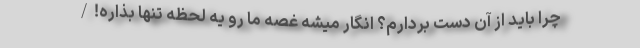
چرا باید از آن دست بردارم؟ انگار میشه غصه ما رو يه لحظه تنها بذاره!/